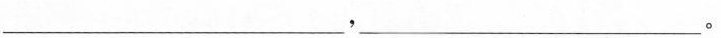
___，___。